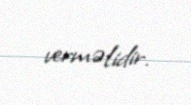
verməlidir.